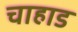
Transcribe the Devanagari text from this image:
चाहाड